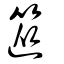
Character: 篵